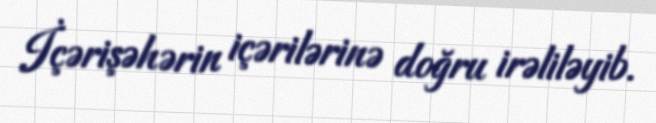
İçərişəhərin içərilərinə doğru irəliləyib.